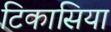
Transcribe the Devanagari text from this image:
टिकासिया